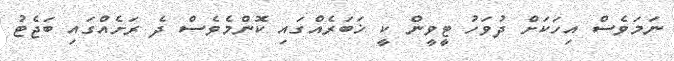
ނަމަވެސް އިހަކަށް ދުވަހު ޓީވީން ކީ ޚަބަރެއްގައި ކޮންމެވެސް ދެ ރަށެއްގައި ބަޖެޓު